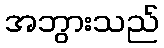
အဘွားသည်